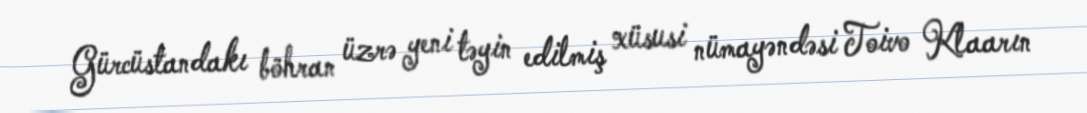
Gürcüstandakı böhran üzrə yeni təyin edilmiş xüsusi nümayəndəsi Toivo Klaarın